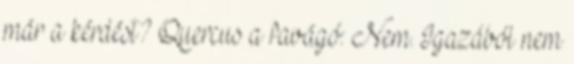
már a kérdést? Quercus a favágó: Nem. Igazából nem